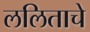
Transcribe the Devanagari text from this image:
ललिताचे